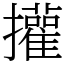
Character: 㩲